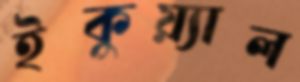
ইকুয়্যাল